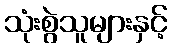
သုံးစွဲသူများနှင့်